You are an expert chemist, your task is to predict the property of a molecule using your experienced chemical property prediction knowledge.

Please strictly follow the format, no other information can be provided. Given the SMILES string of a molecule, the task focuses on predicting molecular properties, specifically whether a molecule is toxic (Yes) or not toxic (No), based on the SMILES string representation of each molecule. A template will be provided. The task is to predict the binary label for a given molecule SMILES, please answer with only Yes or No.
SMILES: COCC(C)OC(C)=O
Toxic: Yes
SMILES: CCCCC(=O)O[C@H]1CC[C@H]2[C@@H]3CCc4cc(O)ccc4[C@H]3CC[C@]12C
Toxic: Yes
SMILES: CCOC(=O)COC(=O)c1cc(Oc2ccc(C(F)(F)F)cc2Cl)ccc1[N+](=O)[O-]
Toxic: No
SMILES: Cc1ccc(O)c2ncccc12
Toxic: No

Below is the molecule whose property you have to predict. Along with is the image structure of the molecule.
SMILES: O=C(O)CCl
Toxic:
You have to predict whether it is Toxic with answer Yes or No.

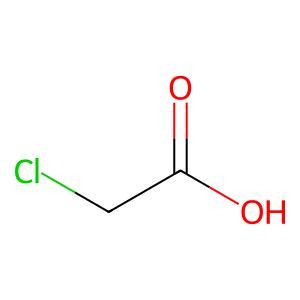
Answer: No